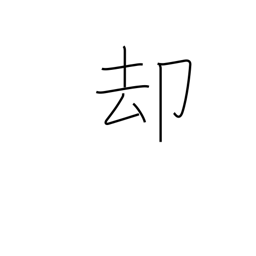
Meaning: withdraw